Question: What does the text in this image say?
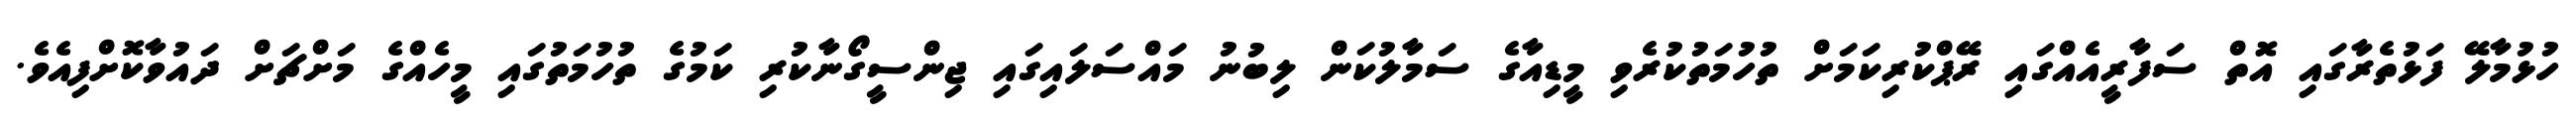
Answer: ހުޅުމާލޭ ފަޅުތެރާގައި އޮތް ސަފާރީއެއްގައި ރޭޕްކުރިކަމަށް ތުހުމަތުކުރެވި މީޑިއާގެ ސަމާލުކަން ލިބުނު މައްސަލައިގައި ޖިންސީގޯނާކުރި ކަމުގެ ތުހުމަތުގައި މީހެއްގެ މަށްޗަށް ދައުވާކޮށްފިއެވެ.